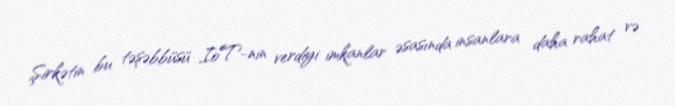
Şirkətin bu təşəbbüsü IoT-nin verdiyi imkanlar əsasında insanlara daha rahat və